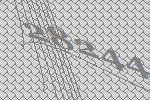
28244